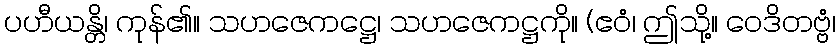
ပဟီယန္တိ၊ ကုန်၏။ သဟဇေကဋ္ဌေ၊ သဟဇေကဋ္ဌကို။ (ဧဝံ၊ ဤသို့။ ဝေဒိတဗ္ဗံ၊